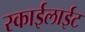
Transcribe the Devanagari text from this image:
स्काईलाईट